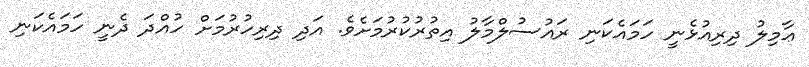
ޢާމިލު ދިރިއުޅެނީ ހަމައެކަނި ރައުސުލްމާލު އިތުރުކުރުމަށެވެ. އަދި ދިރިހުރުމަށް ހުއްދަ ދެނީ ހަމައެކަނި